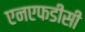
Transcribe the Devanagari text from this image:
एनएफडीसी